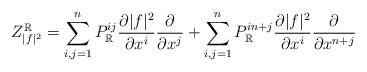
LaTeX: \begin{align*}Z^\mathbb{R}_{|f|^2}=\sum_{i,j=1}^nP_\mathbb{R}^{ij}\frac{\partial|f|^2}{\partial x^i}\frac{\partial}{\partial x^j}+\sum_{i,j=1}^nP_\mathbb{R}^{in+j}\frac{\partial|f|^2}{\partial x^i}\frac{\partial}{\partial x^{n+j}}\end{align*}